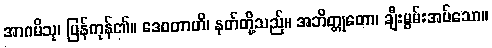
အာဂမိသု၊ ပြန်ကုန်၏။ ဒေဝတာဟိ၊ နတ်တို့သည်။ အဘိတ္တုတော၊ ချီးမွမ်းအပ်သော။